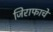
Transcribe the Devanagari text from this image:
जिराफाचे